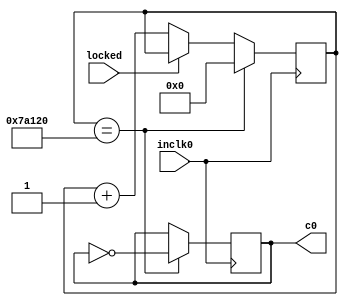
module ClockDivider (
	inclk0,
	c0,
	locked);

	parameter secondCount = 50000000; //Test clock one second
	parameter slowCount = 1000000; //Processor clock

	input inclk0;
	input locked;
	output c0;
	// clock is paused when locked is 1

  // Implement this yourself
  // Slow down the clock to ensure the cycle is long enough for all operations to execute
  // If you don't, you might get weird errors

  	reg [25:0] pulseCounter = 0;
	reg c0_temp = 0;
	
	assign c0 = c0_temp;

  	always @ (posedge inclk0) begin
  		//c0_temp = 0;

  		if (pulseCounter == (slowCount/2)) begin
  			pulseCounter = 0;
  			//c0_temp = 1;
			c0_temp = ~c0_temp;
  		end

	  	else if (~locked)
  			pulseCounter = pulseCounter + 1;
  	end
endmodule